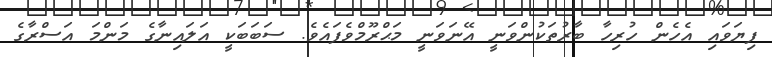
ފިޔަވައި އެހެން ހުރިހާ ބާރުތަކުންވަނީ އޭނަވަނީ މަޙްރޫމްވެފައެވެ. ސަބަބަކީ އަލައިނާގެ މަންމަ އަސްރާގެ